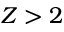
Z > 2